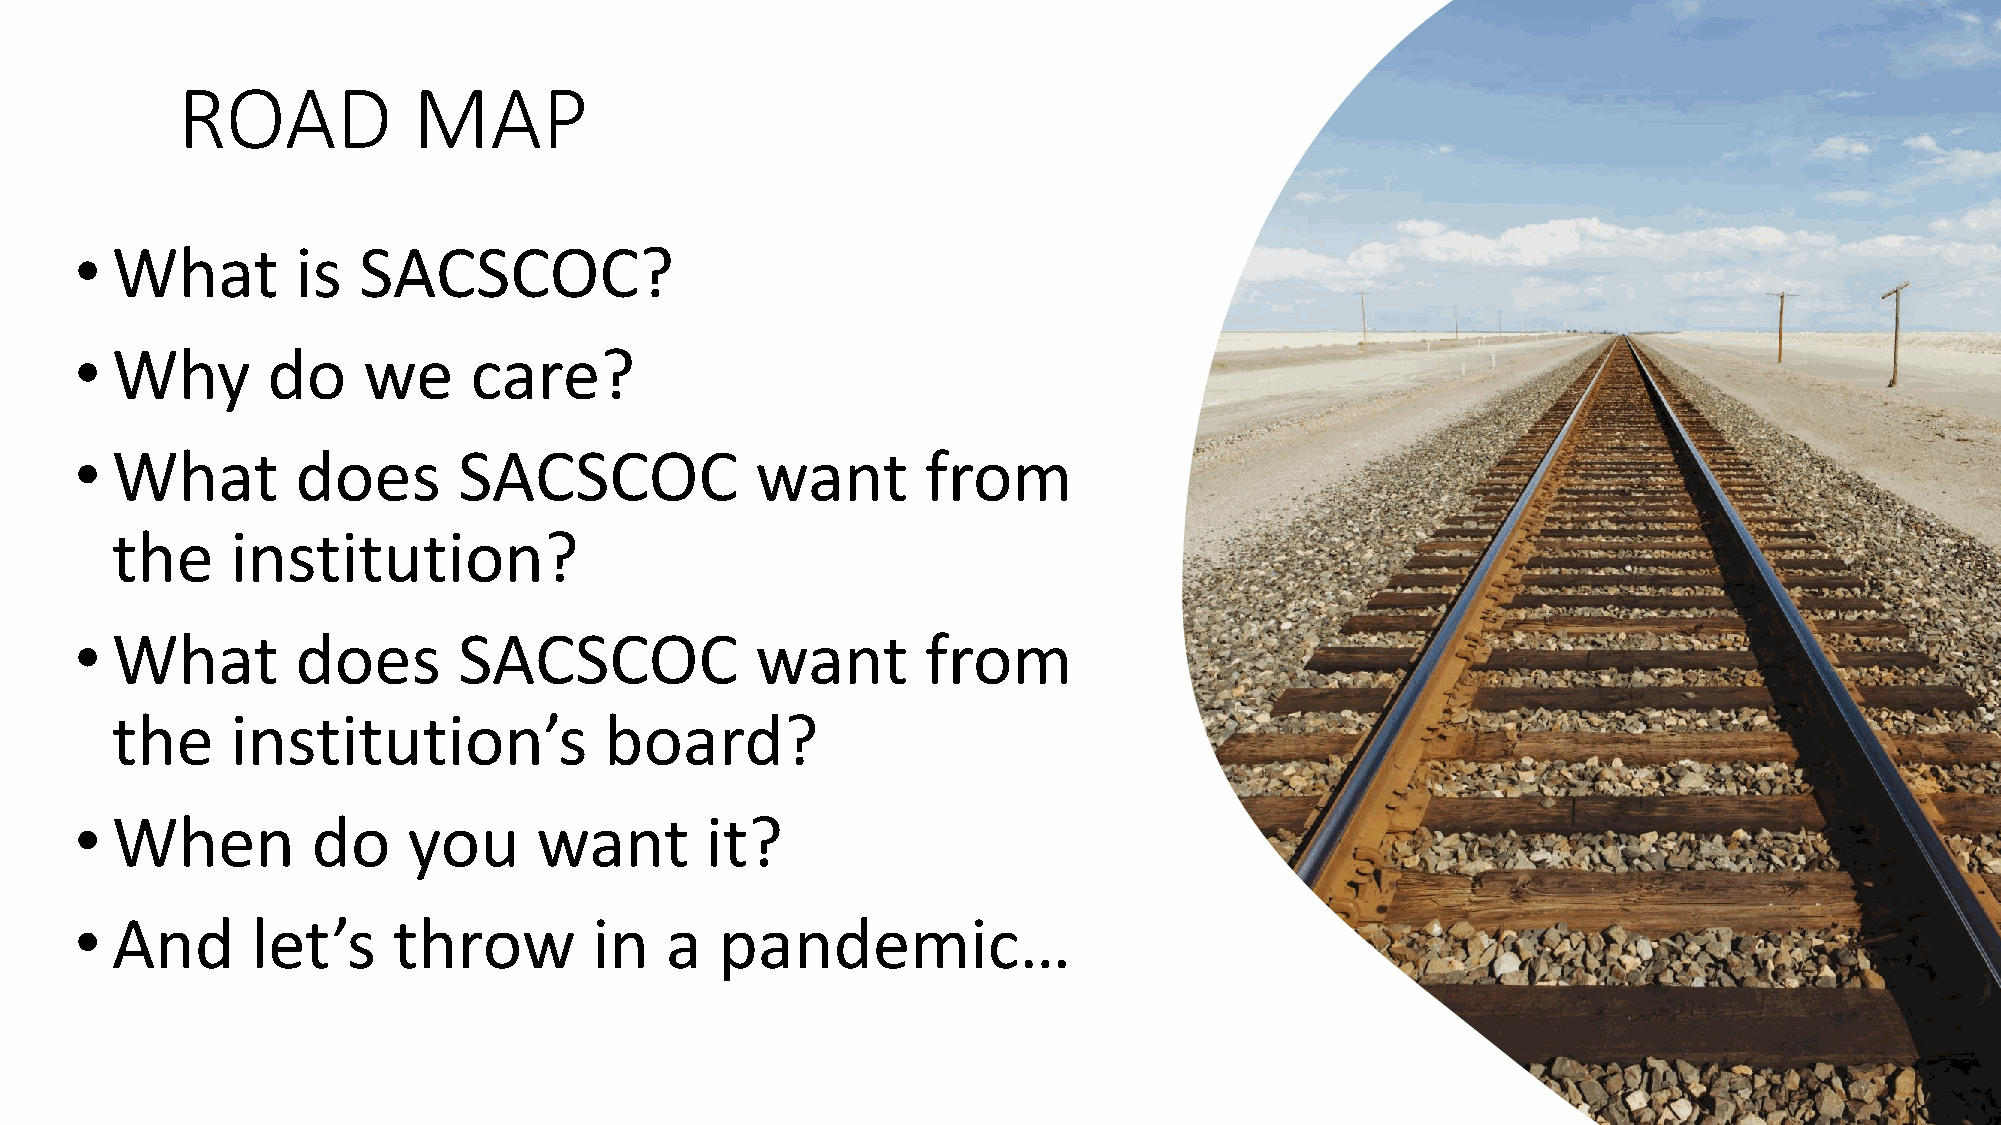
ROAD           MAP
 • What         is  SACSCOC?
 • Why        do    we     care?
 • What         does      SACSCOC             want       from
 the     institution?
 • What         does      SACSCOC             want       from
 the     institution’s            board?
 • When          do    you      want       it?
 • And       let’s    throw        in   a   pandemic…